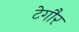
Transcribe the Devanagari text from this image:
टेगौर